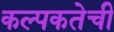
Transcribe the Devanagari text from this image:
कल्पकतेची